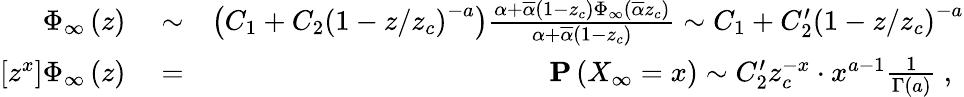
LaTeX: \begin{array}{rlr}{\Phi_{\infty}\left(z\right)}&{{}\sim}&{\left(C_{1}+C_{2}\left(1-z/z_{c}\right)^{-a}\right)\frac{\alpha+\overline{{\alpha}}\left(1-z_{c}\right)\Phi_{\infty}\left(\overline{{\alpha}}z_{c}\right)}{\alpha+\overline{{\alpha}}\left(1-z_{c}\right)}\sim C_{1}+C_{2}^{\prime}\left(1-z/z_{c}\right)^{-a}}\\ {\left[z^{x}\right]\Phi_{\infty}\left(z\right)}&{{}=}&{{\mathbf P}\left(X_{\infty}=x\right)\sim C_{2}^{\prime}z_{c}^{-x}\cdot x^{a-1}\frac{1}{\Gamma\left(a\right)}\mathrm{~,~}}\end{array}